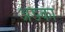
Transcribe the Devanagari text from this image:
अडका